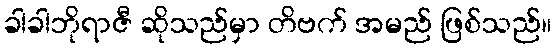
ခါခါဘိုရာဇီ ဆိုသည်မှာ တိဗက် အမည် ဖြစ်သည်။